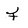
Character: F